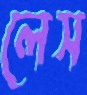
লেস